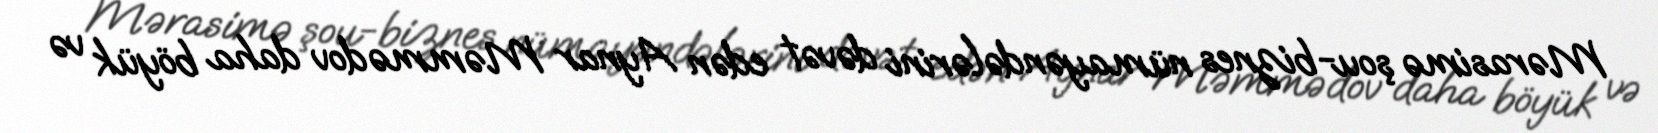
Mərasimə şou-biznes nümayəndələrini dəvət edən Aynar Məmmədov daha böyük və